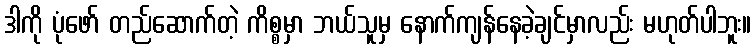
ဒါကို ပုံဖော် တည်ဆောက်တဲ့ ကိစ္စမှာ ဘယ်သူမှ နောက်ကျန်နေခဲ့ချင်မှာလည်း မဟုတ်ပါဘူး။